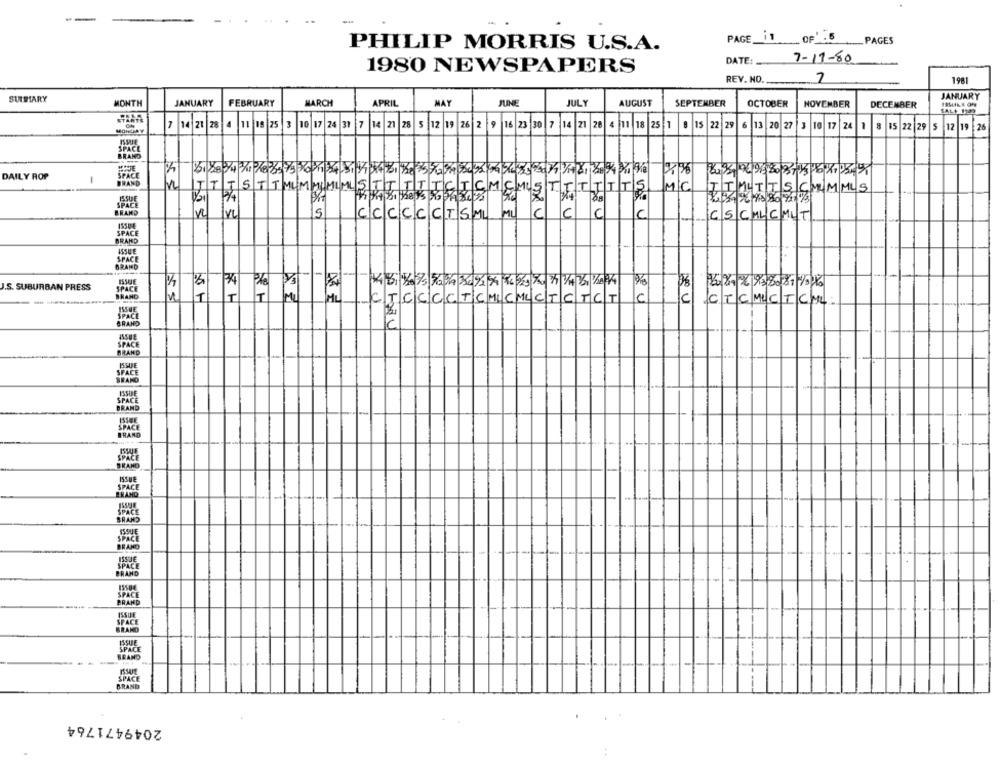
PAGE_11
_OF _. 5
PHILIP MORRIS U.S.A.
__ PAGES
DATE:
7-17-80
1980 NEWSPAPERS
REV. NO.
7
1981
SULRIARY
JANUARY
MONTH
JANUARY
FEBRUARY
MARCH
APRIL
MAY
JUNE
JULY
AUGUST
SEPTEMBER
OCTOBER
NOVEMBER
DECEMBER
SALE 1249
14 21 28
11 19 25 3 10 17 24 31 7 14 21 28
5 12 19 26 2
9 16
23 30 7 14 21 28
4 11 18 2
22 29
6
1
13 20 27 3
10 17
24
1
15 22 29
12 19 26
SPACE
BRAND
DAILY ROP
SPACE
1
BRAND
ITIS
H
TTS
MC
ITMITSCHMMUS
BRAND
5
CCCCCCT5ML
ML
C
CS CHLCMUT
ISSUE
SPACE
BRAND
SPACE
BRAND
.S. SUBURBAN PRESS
# 1
TTTACTCCCCTC MICHUCTCTC
TCMUCTCML.
BRAND
ISSUE
SPACE
SPACE
GRAND
BRAND
SPACE
BRANS
BRAND
PACK
BRAND
SPACE
BRAND
2049471764